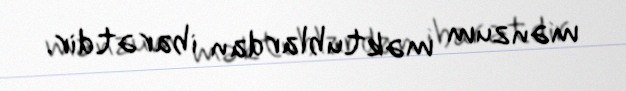
mənzum məktublardan ibarətdir.